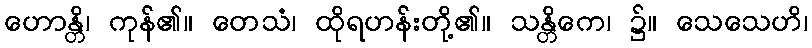
ဟောန္တိ၊ ကုန်၏။ တေသံ၊ ထိုရဟန်းတို့၏။ သန္တိကေ၊ ၌။ သေသေဟိ၊